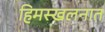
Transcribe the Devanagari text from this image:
हिमस्खलनात